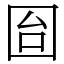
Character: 囼